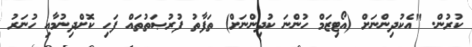
ކުރުން. "އެކުދިންނަށް (އޯޓިޒަމް ހުންނަ ކުދިންނަށް) ތަފާތު ފުރުޞަތުތައް ފަހި ކޮށްދިނުމާއި ހުނަރު